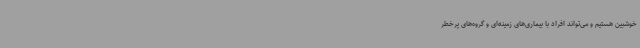
خوشبین هستیم و می‌تواند افراد با بیماری‌های زمینه‌ای و گروه‌های پرخطر